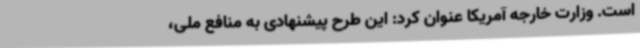
است. وزارت خارجه آمریکا عنوان کرد: این طرح پیشنهادی به منافع ملی،